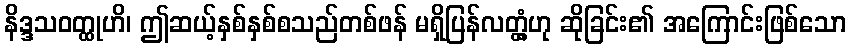
နိဒ္ဒသဝတ္ထုဟိ၊ ဤဆယ့်နှစ်နှစ်စသည်တစ်ဖန် မရှိပြန်လတ္တံ့ဟု ဆိုခြင်း၏ အကြောင်းဖြစ်သော